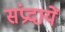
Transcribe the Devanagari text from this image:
संप्रदायें